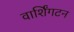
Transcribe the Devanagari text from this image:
वार्शिंगटन